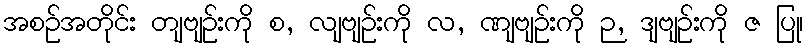
အစဉ်အတိုင်း တျဗျဉ်းကို စ, လျဗျဉ်းကို လ, ဏျဗျဉ်းကို ဉ, ဒျဗျဉ်းကို ဇ ပြု၊